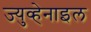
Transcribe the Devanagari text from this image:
ज्युव्हेनाइल